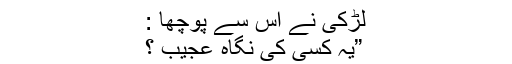
لڑکی نے اس سے پوچھا :
”یہ کسی کی نگاہ عجیب ؟